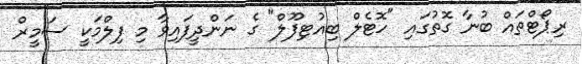
ރިޕޯޓްތައް ބުނާ ގޮތުގައި "ހޮޓެލް ބިއުޓިފޫލް" ގެ ނަންދީފައިވާ މި ފިލްމަކީ ސަމީރް